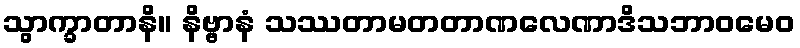
သွာက္ခာတာနိ။ နိဗ္ဗာနံ သဿတာမတတာဏလေဏာဒိသဘာဝမေဝ